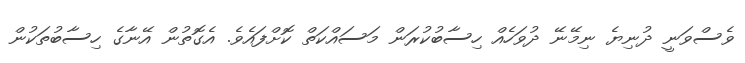
ވެސްވަނީ ދުނިޔެ ނިމޭނޭ ދުވަހެއް ހިސާބުކުރަން މަސައްކަތް ކޮށްފައެވެ. އެގޮތުން އޭނާގެ ހިސާބުތަކުން